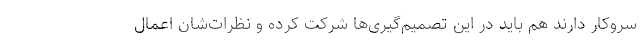
سروکار دارند هم باید در این تصمیم‌گیری‌ها شرکت کرده و نظرات‌شان اعمال